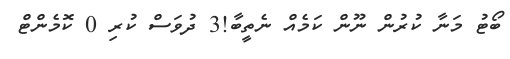
ބޯޓު މަނާ ކުރުން ނޫން ކަމެއް ނެތީބާ!3 ދުވަސް ކުރި 0 ކޮމެންޓް